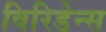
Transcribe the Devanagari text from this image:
विरिडेन्स